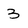
Character: 3